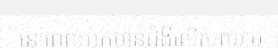
នៅពេលអ្នកមានជំងឺលើសឈាម